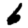
Digit: 6